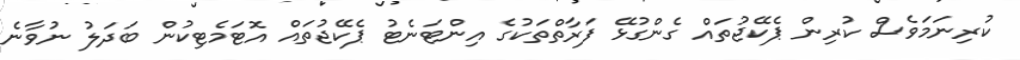
ކުރިނަމަވެސް ކުރިން ޕެކޭޖުތައް ގެންގުޅޭ ފަރާތްތަކުގެ އިންޓަނެޓު ޕެކޭޖުތައް އޮޓަމެޓިކުން ބަދަލު ނުވާނެ